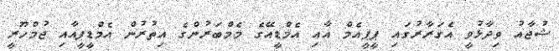
ޝުޖާއު ވިދާޅުވީ އެގަރާރުގައި ޕީޕީއެމް އާއި އެމްޑީއޭގެ މެމްބަރުންގެ އިތުރުން އެމްޑީޕީއާއި ޖުމްހޫރީ